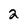
Character: 2